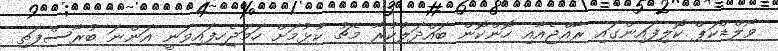
ވޯލްޑްކަޕް ކޮލިފައިންގައި ރާއްޖެއާއި ހޮންކޮން ބައްދަލުކުރާ މެޗު ކުޅުމަށް ހަމަޖެހިފައިވަނީ އަންނަ ބުރާސްފަތި